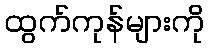
ထွက်ကုန်များကို